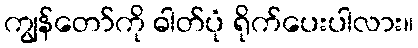
ကျွန်တော်ကို ဓါတ်ပုံ ရိုက်ပေးပါလား။